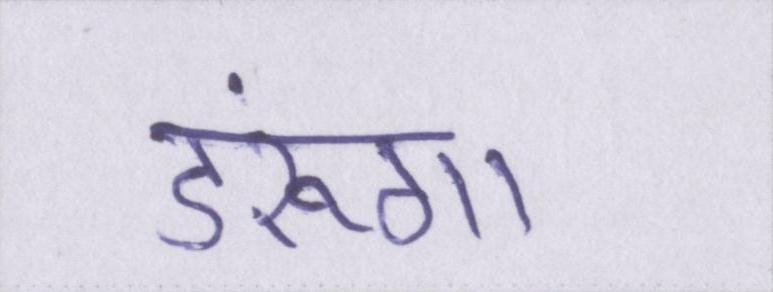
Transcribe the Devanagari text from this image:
डरूंगा